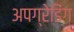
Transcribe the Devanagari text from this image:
अपग्रेडिंग